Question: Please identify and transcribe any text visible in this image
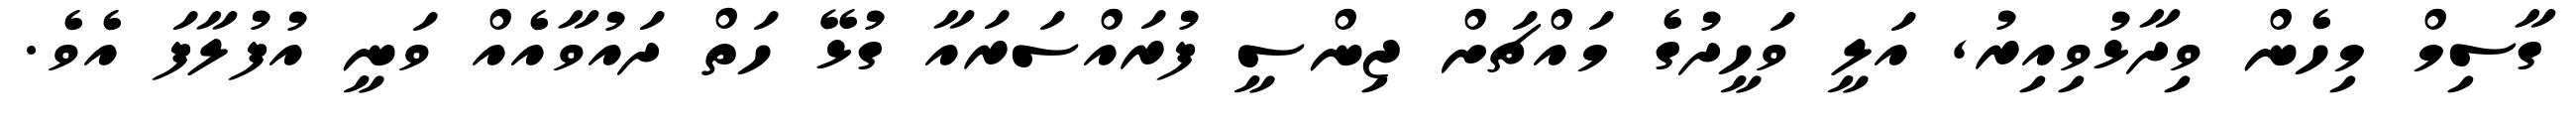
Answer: ގާސިމް މިހެން ވިދާޅުވިއިރު, އަލީ ވަހީދުގެ މައްޗަށް ޖިންސީ ފުރައްސަރައާ ގުޅޭ ހަތް ދައުވާއެއް ވަނީ އުފުލާފަ އެވެ.